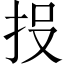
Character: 𭠘